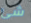
شئ